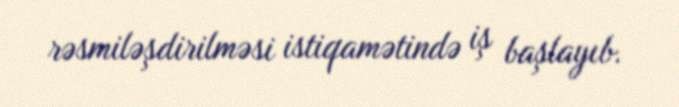
rəsmiləşdirilməsi istiqamətində iş başlayıb.